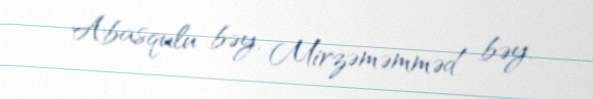
Abasqulu bəy, Mirzəməmməd bəy.